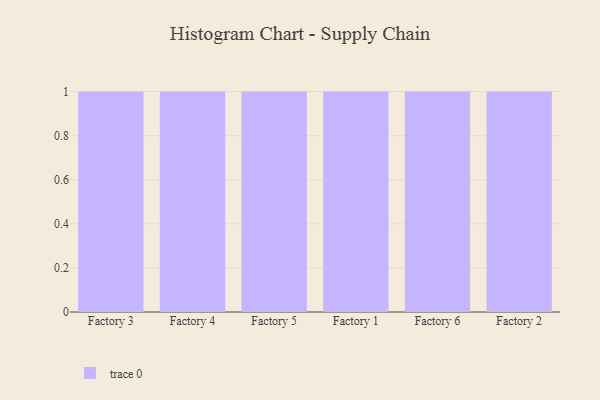
{"axis": {"x": "Factory", "y": "Population (Million)"}, "legend": [""], "data": [{"x": "Factory 3", "y": 70, "type": ""}, {"x": "Factory 4", "y": 24, "type": ""}, {"x": "Factory 5", "y": 9, "type": ""}, {"x": "Factory 1", "y": 64, "type": ""}, {"x": "Factory 6", "y": 76, "type": ""}, {"x": "Factory 2", "y": 47, "type": ""}]}